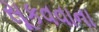
સૂકવવાના